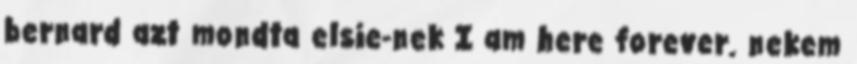
bernard azt mondta elsie-nek I am here forever. nekem